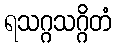
ရသဂ္ဂသဂ္ဂိတံ